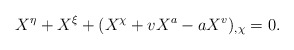
\begin{align*}X^\eta + X^\xi +(X^\chi +vX^a -aX^v)_{,\chi}=0.\end{align*}